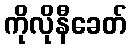
ကိုလိုနီခေတ်